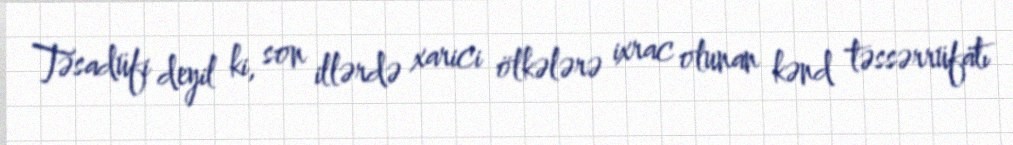
Təsadüfi deyil ki, son illərdə xarici ölkələrə ixrac olunan kənd təssərrüfatı